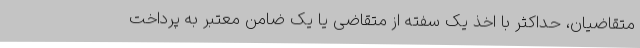
متقاضیان، حداکثر با اخذ یک سفته از متقاضی یا یک ضامن معتبر به پرداخت